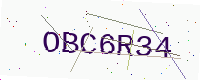
Text: OBC6R34